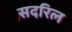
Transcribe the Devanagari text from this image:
सदरिल